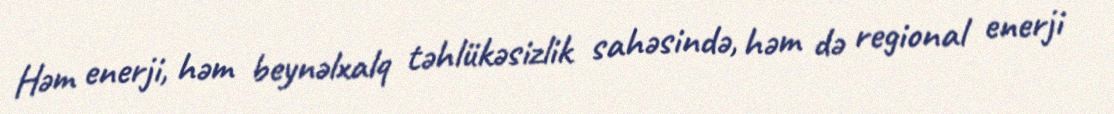
Həm enerji, həm beynəlxalq təhlükəsizlik sahəsində, həm də regional enerji